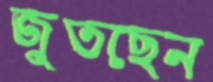
জুতছেন